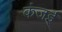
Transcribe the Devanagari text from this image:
कंजई